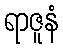
ရာဇူနံ